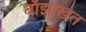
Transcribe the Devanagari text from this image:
बाँझाखेत